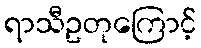
ရာသီဥတုကြောင့်